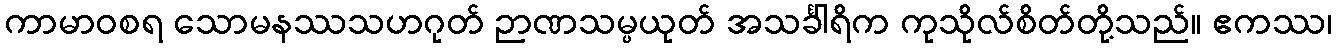
ကာမာဝစရ သောမနဿသဟဂုတ် ဉာဏသမ္ပယုတ် အသင်္ခါရိက ကုသိုလ်စိတ်တို့သည်။ ဧကဿ၊